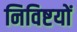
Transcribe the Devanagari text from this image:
निविष्टयों